Vaccination report Assam 1874-1896 - 1874-1896
Year: 1874
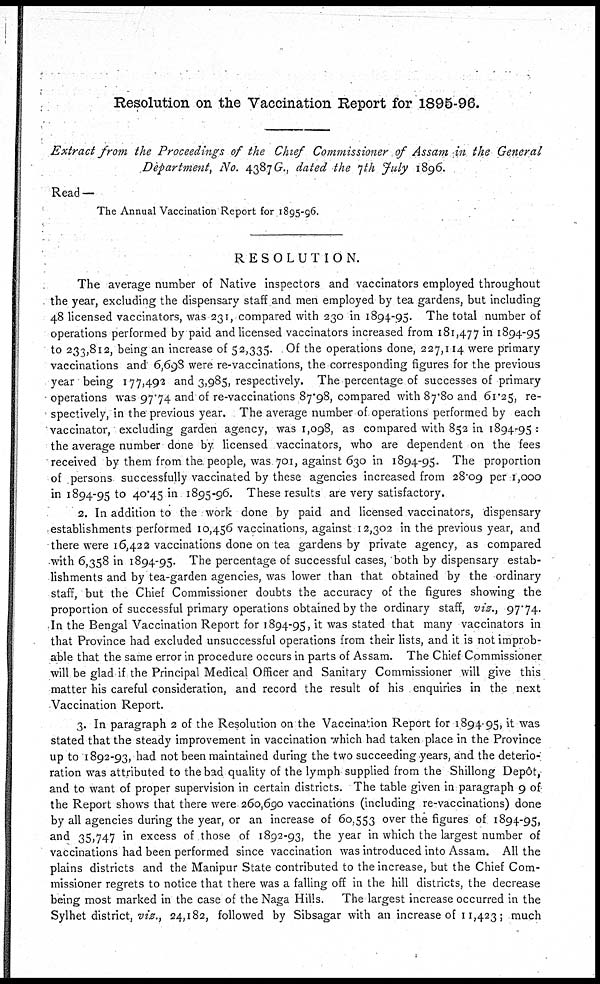
Resolution on the Vaccination Report for 1895-96.
Extract from the Proceedings of the Chief Commissioner of Assam in the General
Department, No. 4387 G., dated the 7th July 1896.
Read —
The Annual Vaccination Report for 1895-96.
RESOLUTION.
The average number of Native inspectors and vaccinators employed throughout
the year, excluding the dispensary staff and men employed by tea gardens, but including
48 licensed vaccinators, was 231, compared with 230 in 1894-95. The total number of
operations performed by paid and licensed vaccinators increased from 181,477 in 1894-95
to 233,812, being an increase of 52,335. Of the operations done, 227,114 were primary
vaccinations and 6,698 were re-vaccinations, the corresponding figures for the previous
year being 177,492 and 3,985, respectively. The percentage of successes of primary
operations was 97.74 and of re-vaccinations 87.98, compared with 87.80 and 61.25, re-
spectively, in the previous year. The average number of operations performed by each
vaccinator, excluding garden agency, was 1,098, as compared with 852 in 1894-95 :
the average number done by licensed vaccinators, who are dependent on the fees
received by them from the people, was 701, against 630 in 1894-95. The proportion
of persons successfully vaccinated by these agencies increased from 28.09 per 1,000
in 1894-95 to 40.45 in 1895-96. These results are very satisfactory.
2. In addition to the work done by paid and licensed vaccinators, dispensary
establishments performed 10,456 vaccinations, against 12,302 in the previous year, and
there were 16,422 vaccinations done on tea gardens by private agency, as compared
with 6,358 in 1894-95. The percentage of successful cases, both by dispensary estab-
lishments and by tea-garden agencies, was lower than that obtained by the ordinary
staff, but the Chief Commissioner doubts the accuracy of the figures showing the
proportion of successful primary operations obtained by the ordinary staff, viz., 97.74.
In the Bengal Vaccination Report for 1894-95, it was stated that many vaccinators in
that Province had excluded unsuccessful operations from their lists, and it is not improb-
able that the same error in procedure occurs in parts of Assam. The Chief Commissioner
will be glad if the Principal Medical Officer and Sanitary Commissioner will give this
matter his careful consideration, and record the result of his , enquiries in the next
Vaccination Report.
3. In paragraph 2 of the Resolution on the Vaccination Report for 1894-95, it was
stated that the steady improvement in vaccination which had taken place in the Province
up to 1892-93, had not been maintained during the two succeeding years, and the deterio-
ration was attributed to the bad quality of the lymph supplied from the Shillong Depôt -
and to want of proper supervision in certain districts. The table given in paragraph 9 of
the Report shows that there were 260,690 vaccinations (including re-vaccinations) done
by all agencies during the year, or an increase of 60,553 over the figures of 1894-95,
and 35,747 in excess of those of 1892-93, the year in which the largest number of
vaccinations had been performed since vaccination was introduced into Assam. All the
plains districts and the Manipur State contributed to the increase, but the Chief Com-
missioner regrets to notice that there was a falling off in the hill districts, the decrease
being most marked in the case of the Naga Hills. The largest increase occurred in the
Sylhet district, viz., 24,182, followed by Sibsagar with an increase of 11,423; much